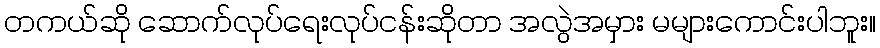
တကယ်ဆို ဆောက်လုပ်ရေးလုပ်ငန်းဆိုတာ အလွဲအမှား မများကောင်းပါဘူး။